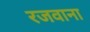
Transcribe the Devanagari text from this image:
रजवाना